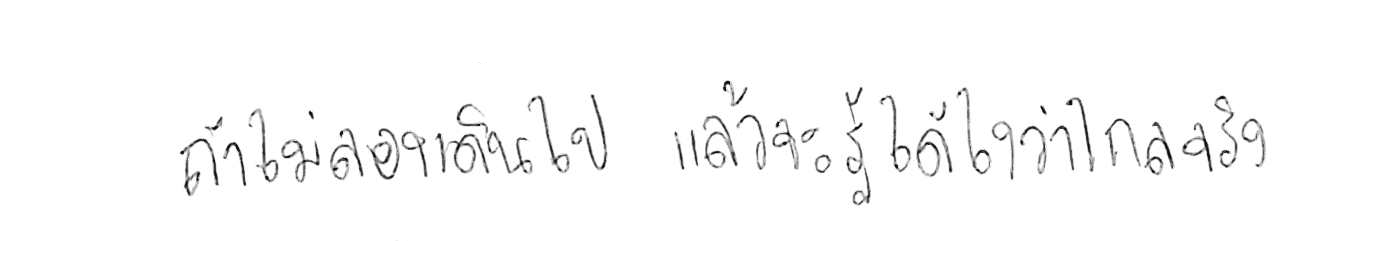
ถ้าไม่ลองเดินไป แล้วจะรู้ได้ยังไงว่าไกลจริง